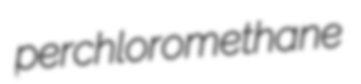
perchloromethane